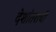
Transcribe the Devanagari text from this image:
देशांतराची